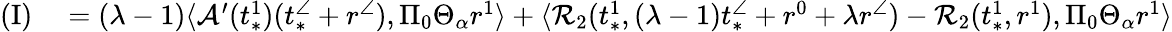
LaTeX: \begin{array}{rl}{\mathrm{(I)}}&{{}=(\lambda-1)\langle\mathcal{A}^{\prime}(t_{*}^{1})(t_{*}^{\angle}+r^{\angle}),\Pi_{0}\Theta_{\alpha}r^{1}\rangle+\langle\mathcal{R}_{2}(t_{*}^{1},(\lambda-1)t_{*}^{\angle}+r^{0}+\lambda r^{\angle})-\mathcal{R}_{2}(t_{*}^{1},r^{1}),\Pi_{0}\Theta_{\alpha}r^{1}\rangle}\end{array}